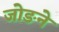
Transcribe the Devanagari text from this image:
जोङने